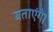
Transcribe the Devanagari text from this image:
बताएंगे।